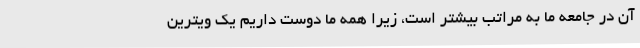
آن در جامعه ما به مراتب بیشتر است، زیرا همه ما دوست داریم یک ویترین